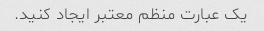
یک عبارت منظم معتبر ایجاد کنید.